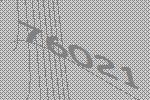
76021